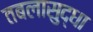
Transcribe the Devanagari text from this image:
तबलासुद्धा